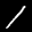
Label: 1